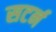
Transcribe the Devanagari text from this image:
सटर्न